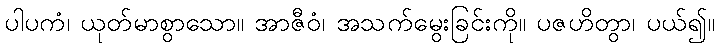
ပါပကံ၊ ယုတ်မာစွာသော။ အာဇီဝံ၊ အသက်မွေးခြင်းကို။ ပဇဟိတွာ၊ ပယ်၍။